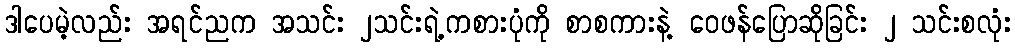
ဒါပေမဲ့လည်း အရင်ညက အသင်း ၂သင်းရဲ့ကစားပုံကို စာစကားနဲ့ ဝေဖန်ပြောဆိုခြင်း ၂ သင်းစလုံး